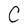
Character: C